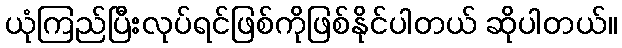
ယုံကြည်ပြီးလုပ်ရင်ဖြစ်ကိုဖြစ်နိုင်ပါတယ် ဆိုပါတယ်။